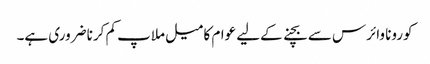
کورونا وائرس سے بچنے کےلیے عوام کا میل ملاپ کم کرنا ضروری ہے۔